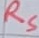
Text: RS